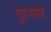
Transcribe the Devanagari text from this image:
पुरःसरण